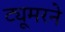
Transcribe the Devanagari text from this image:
ट्यूमरने